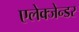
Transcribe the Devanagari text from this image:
एलेक्जेन्डर